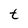
Character: t